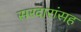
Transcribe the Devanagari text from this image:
सरदारांसह